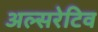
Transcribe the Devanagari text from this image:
अल्सरेटिव